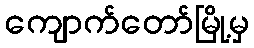
ကျောက်တော်မြို့မှ